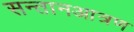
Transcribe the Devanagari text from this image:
सन्तानआत्रण